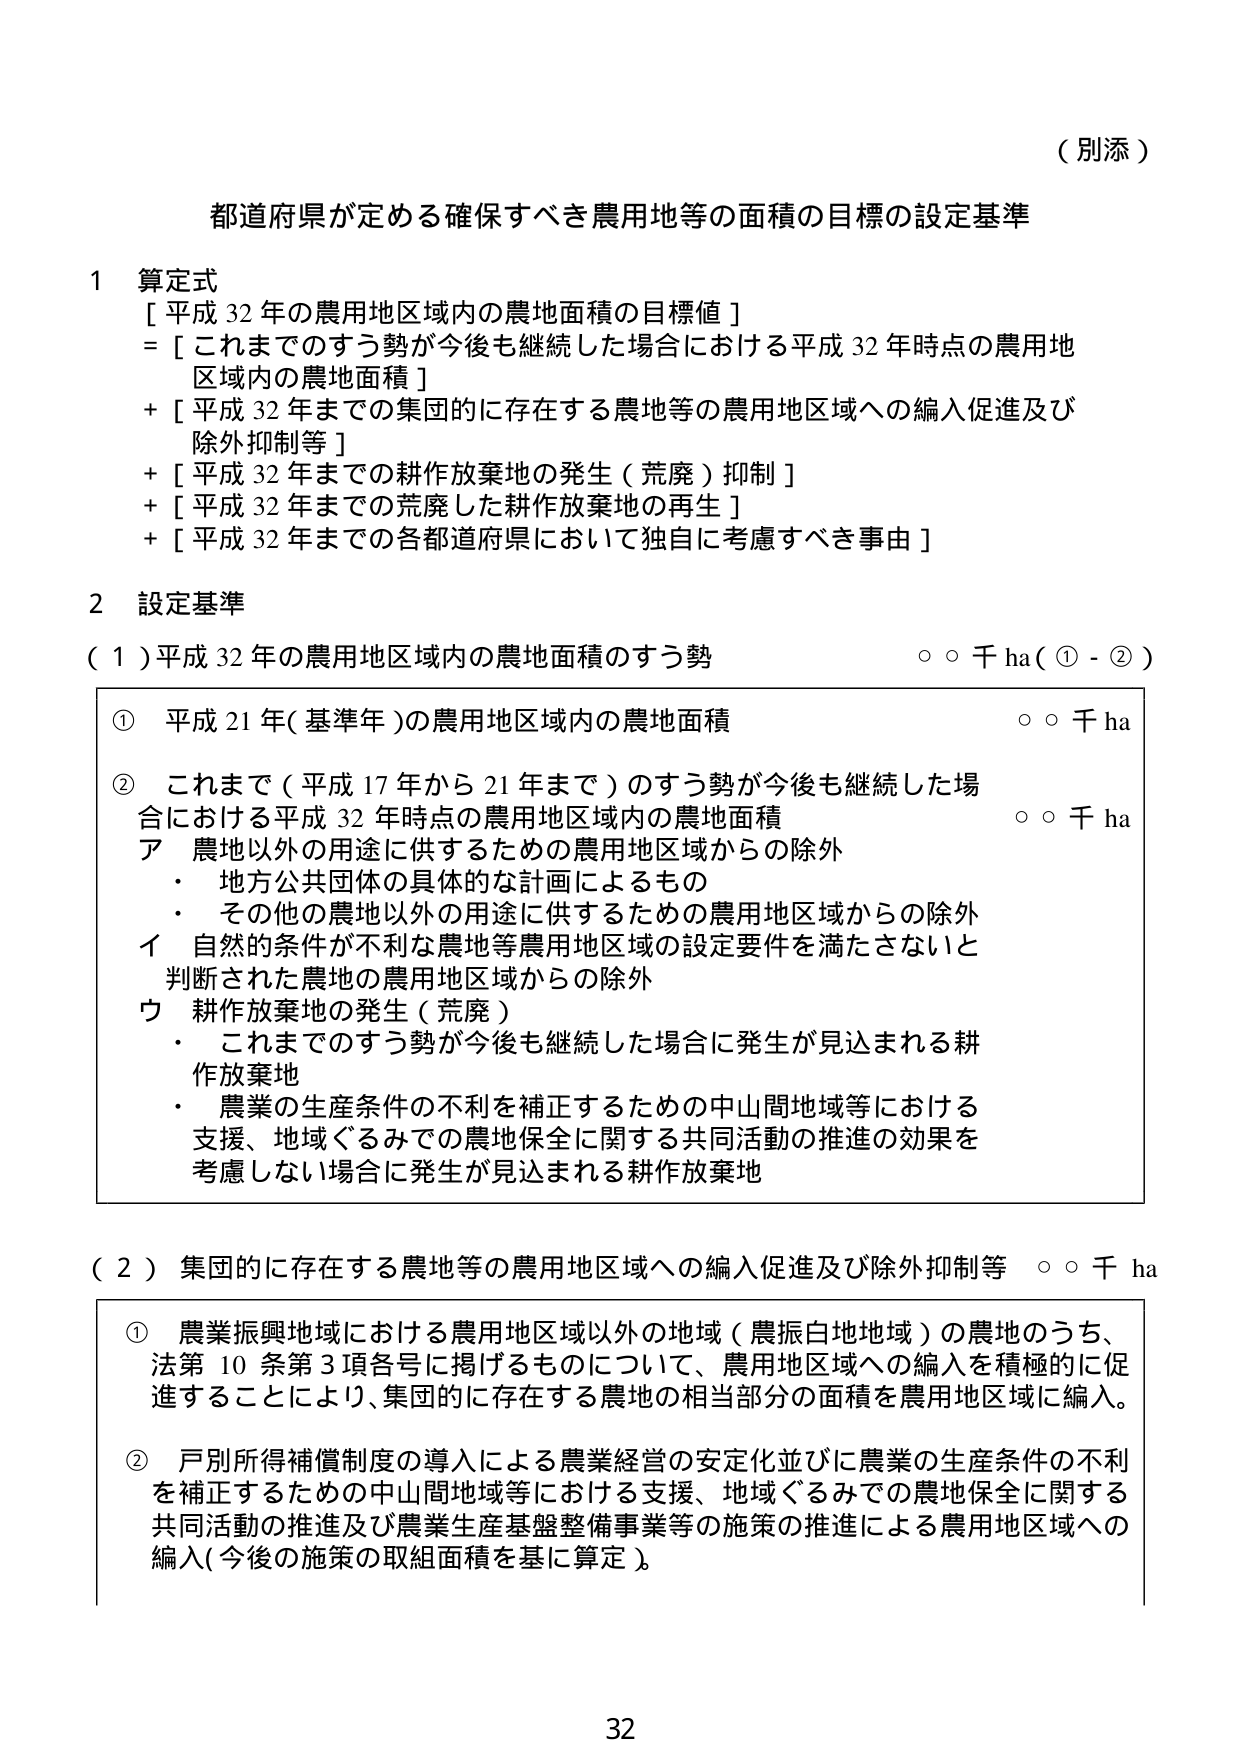
（別添）

都道府県が定める確保すべき農用地等の面積の目標の設定基準

1 算定式
[ 平成 32 年の農用地区域内の農地面積の目標値 ]
= [ これまでのすう勢が今後も継続した場合における平成 32 年時点の農用地
区域内の農地面積 ]
+ [ 平成 32 年までの集団的に存在する農地等の農用地区域への編入促進及び
除外抑制等 ]
+ [ 平成 32 年までの耕作放棄地の発生（荒廃）抑制 ]
+ [ 平成 32 年までの荒廃した耕作放棄地の再生 ]
+ [ 平成 32 年までの各都道府県において独自に考慮すべき事由 ]

2 設定基準
（1）平成 32 年の農用地区域内の農地面積のすう勢　　　　　　　○○千 ha（① - ②）

① 平成 21 年（基準年）の農用地区域内の農地面積　　　　　　　○○千 ha

② これまで（平成 17 年から 21 年まで）のすう勢が今後も継続した場
合における平成 32 年時点の農用地区域内の農地面積　　　　　○○千 ha
ア 農地以外の用途に供するための農用地区域からの除外
・ 地方公共団体の具体的な計画によるもの
・ その他の農地以外の用途に供するための農用地区域からの除外
イ 自然的条件が不利な農地等農用地区域の設定要件を満たさないと
判断された農地の農用地区域からの除外
ウ 耕作放棄地の発生（荒廃）
・ これまでのすう勢が今後も継続した場合に発生が見込まれる耕
作放棄地
・ 農業の生産条件の不利を補正するための中山間地域等における
支援、地域ぐるみでの農地保全に関する共同活動の推進の効果を
考慮しない場合に発生が見込まれる耕作放棄地

（2）集団的に存在する農地等の農用地区域への編入促進及び除外抑制等　○○千 ha

① 農業振興地域における農用地区域以外の地域（農振白地地域）の農地のうち、
法第 10 条第 3 項各号に掲げるもののについて、農用地区域への編入を積極的に促
進することにより、集団的に存在する農地の相当部分の面積を農用地区域に編入。

② 戸別所得補償制度の導入による農業経営の安定化並びに農業の生産条件の不利
を補正するための中山間地域等における支援、地域ぐるみでの農地保全に関する
共同活動の推進及び農業生産基盤整備事業等の施策の推進による農用地区域への
編入（今後の施策の取組面積を基に算定）。

32